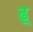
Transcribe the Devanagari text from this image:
ढ़्